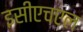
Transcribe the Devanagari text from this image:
इसीएचएल